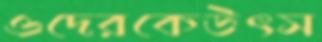
ওদেরকেউৎস